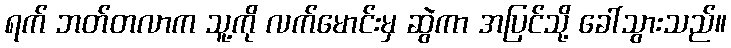
ရက် ဘတ်တလာက သူ့ကို လက်မောင်းမှ ဆွဲကာ အပြင်သို့ ခေါ်သွားသည်။